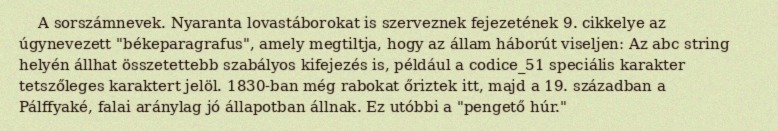
A sorszámnevek. Nyaranta lovastáborokat is szerveznek fejezetének 9. cikkelye az úgynevezett "békeparagrafus", amely megtiltja, hogy az állam háborút viseljen: Az abc string helyén állhat összetettebb szabályos kifejezés is, például a codice_51 speciális karakter tetszőleges karaktert jelöl. 1830-ban még rabokat őriztek itt, majd a 19. században a Pálffyaké, falai aránylag jó állapotban állnak. Ez utóbbi a "pengető húr."